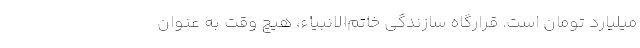
میلیارد تومان است. قرارگاه سازندگی خاتم‌الانبیاء، هیچ وقت به عنوان